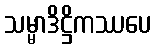
သမ္မာဒိဋ္ဌိကဿပေ